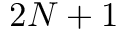
2 N + 1